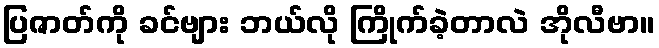
ပြဇာတ်ကို ခင်ဗျား ဘယ်လို ကြိုက်ခဲ့တာလဲ အိုလီဗာ။